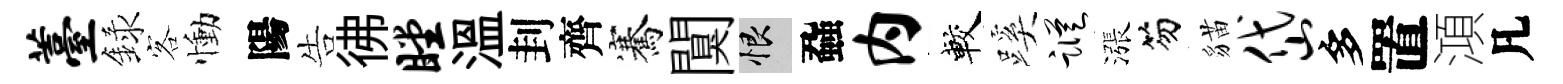
薹録客慟陽告彿瞠温刲齊騫闃恨蝨内較蹊踪漲笏貓岱多置澒凡